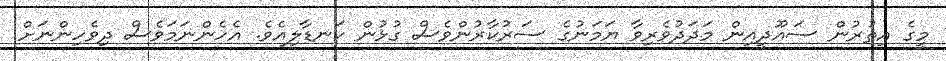
މީގެ އިތުރުން ސައޫދީއިން މަދަދުވެރިވާ ޔަމަނުގެ ސަރުކާރުންވެސް ގުޅުން ކަނޑާލިއެވެ. އެހެންނަމަވެސް ދިވެހިންނަށް